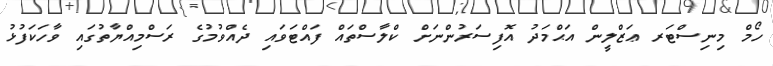
ހޯމް މިނިސްޓަރ ޢަޒްލީން އަޙްމަދު އޮފިސަރުންނަށް ކްލާސްތައް ފައްޓަވައި ދެއްވުމުގެ ރަސްމިއްޔާތުގައި ވާހަކަފުޅު